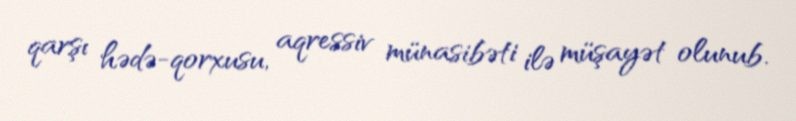
qarşı hədə-qorxusu, aqressiv münasibəti ilə müşayət olunub.